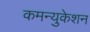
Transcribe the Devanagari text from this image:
कमन्युकेशन